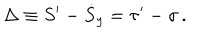
LaTeX: \Delta \equiv S ^ { \prime } - \dot { S } _ { y } = \tau ^ { \prime } - \dot { \sigma } \, .